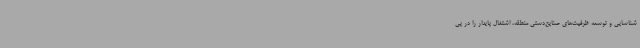
شناسایی و توسعه ظرفیت‌های صنایع‌دستی منطقه، اشتغال پایدار را در پی